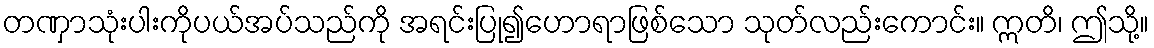
တဏှာသုံးပါးကိုပယ်အပ်သည်ကို အရင်းပြု၍ဟောရာဖြစ်သော သုတ်လည်းကောင်း။ ဣတိ၊ ဤသို့။